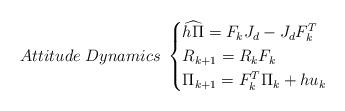
LaTeX: \begin{align*}Attitude \; Dynamics \;\begin{cases}\widehat{h\Pi} = F_kJ_d-J_dF_k^T \\R_{k+1} = R_kF_k \\\Pi_{k+1} = F_k^T\Pi_k+hu_k\end{cases}\end{align*}